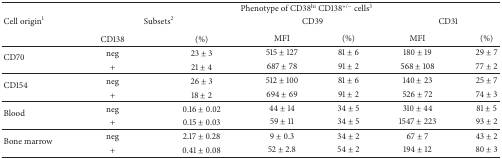
|  | <COLSPAN=6> Phenotype of CD38hi CD138+/− cells3 |
 | Cell origin1 | <COLSPAN=2> Subsets2 | <COLSPAN=2> CD39 | <COLSPAN=2> CD31 |
 |  | CD138 | (%) | MFI | (%) | MFI | (%) |
 | --- | --- | --- | --- | --- | --- | --- |
 | <ROWSPAN=2> CD70 | neg | 23 ± 3 | 515 ± 127 | 81 ± 6 | 180 ± 19 | 29 ± 7 |
 | + | 21 ± 4 | 687 ± 78 | 91 ± 2 | 568 ± 108 | 77 ± 2 |
 | <ROWSPAN=2> CD154 | neg | 26 ± 3 | 512 ± 100 | 81 ± 6 | 140 ± 23 | 25 ± 7 |
 | + | 18 ± 2 | 694 ± 69 | 91 ± 2 | 526 ± 72 | 74 ± 3 |
 | <ROWSPAN=2> Blood | neg | 0.16 ± 0.02 | 44 ± 14 | 34 ± 5 | 310 ± 44 | 81 ± 5 |
 | + | 0.15 ± 0.03 | 59 ± 11 | 34 ± 5 | 1547 ± 223 | 93 ± 2 |
 | <ROWSPAN=2> Bone marrow | neg | 2.17 ± 0.28 | 9 ± 0.3 | 34 ± 2 | 67 ± 7 | 43 ± 2 |
 | + | 0.41 ± 0.08 | 52 ± 2.8 | 54 ± 2 | 194 ± 12 | 80 ± 3 |